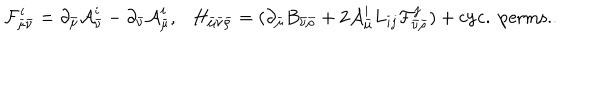
LaTeX: { \cal F } _ { \bar { \mu } \bar { \nu } } ^ { i } = \partial _ { \bar { \mu } } { \cal A } _ { \bar { \nu } } ^ { i } - \partial _ { \bar { \nu } } { \cal A } _ { \bar { \mu } } ^ { i } , \ \ \ H _ { \bar { \mu } \bar { \nu } \bar { \rho } } = ( \partial _ { \bar { \mu } } B _ { \bar { \nu } \bar { \rho } } + 2 { \cal A } _ { \bar { \mu } } ^ { i } L _ { i j } { \cal F } _ { \bar { \nu } \bar { \rho } } ^ { j } ) + \mathrm { c y c . \ p e r m s . } .